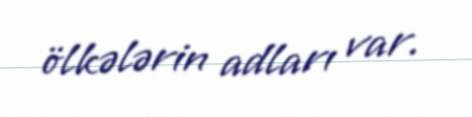
ölkələrin adları var.